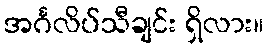
အင်္ဂလိပ်သီချင်း ရှိလား။